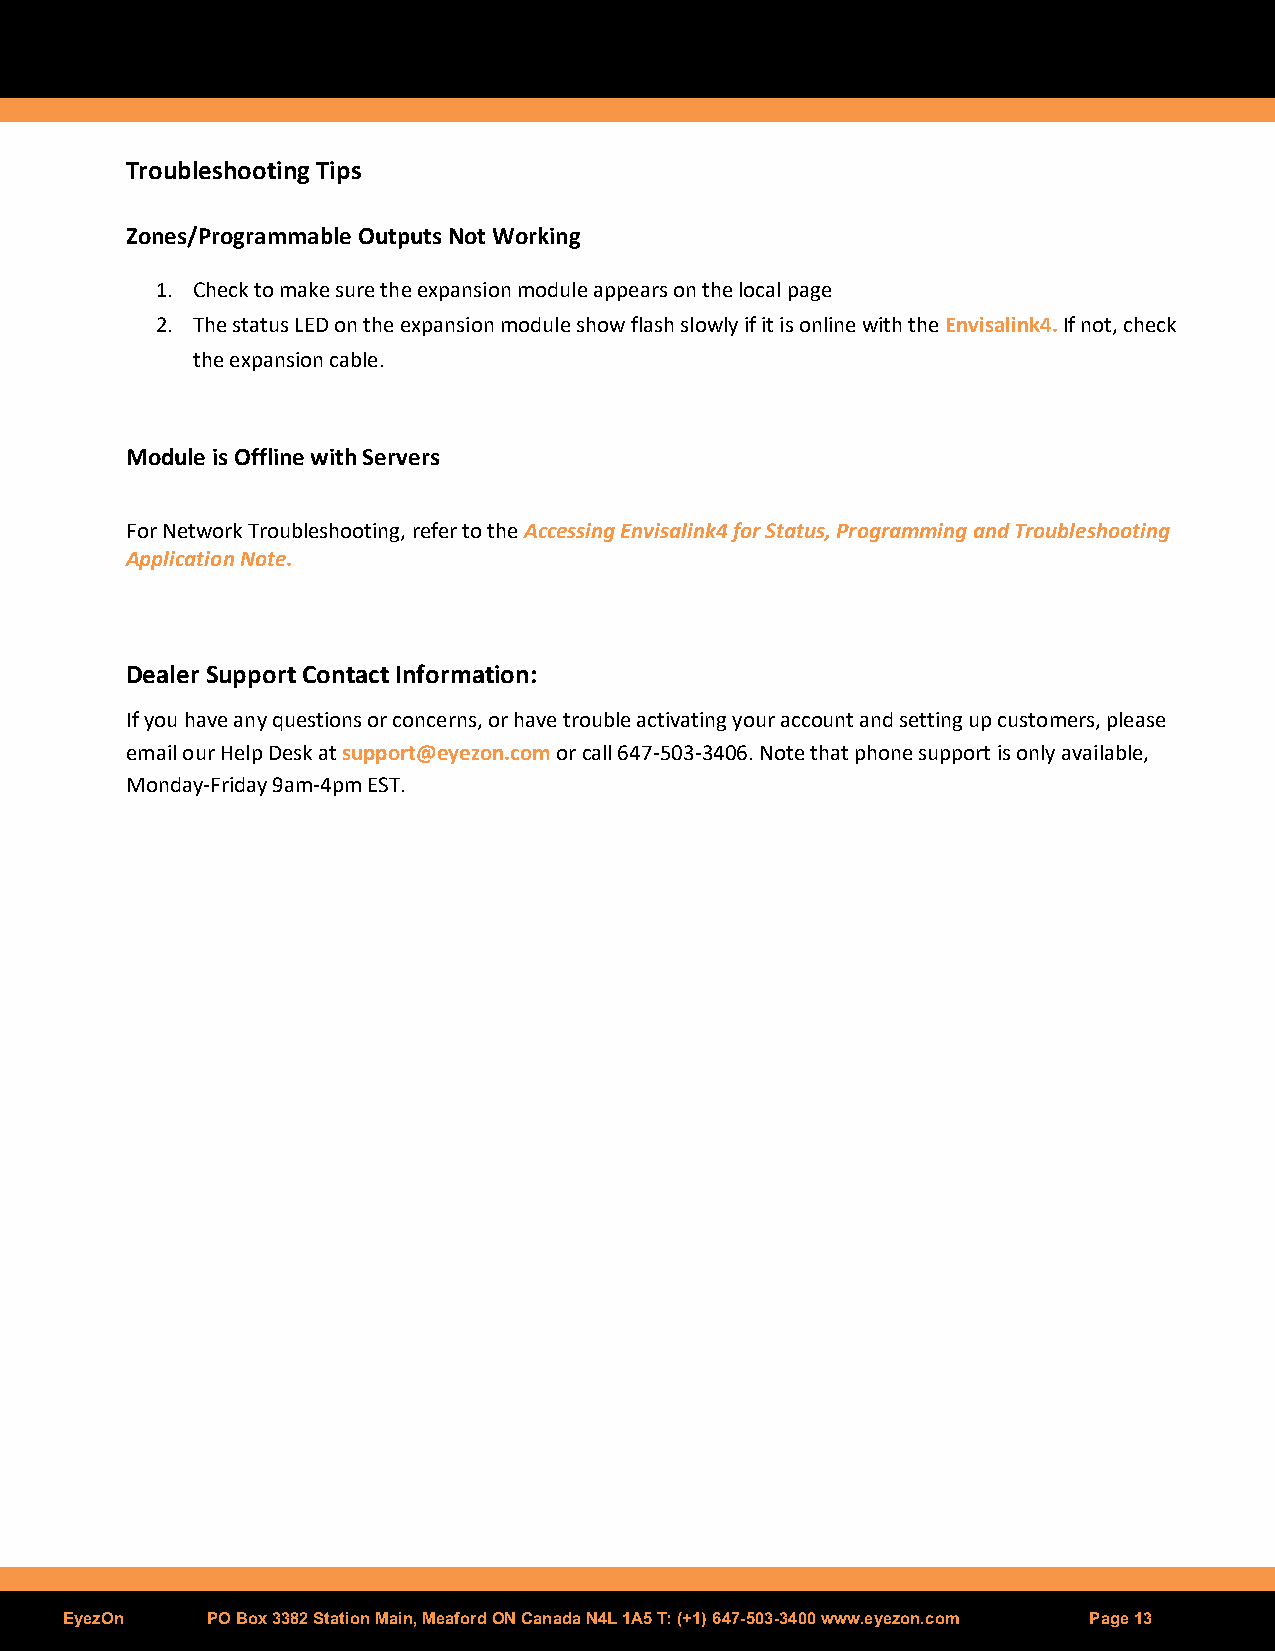
Troubleshooting Tips
 Zones/Programmable Outputs Not Working
 1. Check to make sure the expansion module appears on the local page
 2. The status LED on the expansion module show flash slowly if it is online with the Envisalink4. If not, check
 the expansion cable.
 Module is Offline with Servers
 For Network Troubleshooting, refer to the Accessing Envisalink4 for Status, Programming and Troubleshooting
 Application Note.
 Dealer Support Contact Information:
 If you have any questions or concerns, or have trouble activating your account and setting up customers, please
 email our Help Desk at support@eyezon.com or call 647-503-3406. Note that phone support is only available,
 Monday-Friday 9am-4pm EST.
 EyezOn    PO Box 3382 Station Main, Meaford ON Canada N4L 1A5 T: (+1) 647-503-3400 www.eyezon.com Page 13